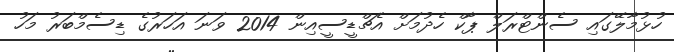
ހުޅުމާލޭގައި ސެންޓްރަލް ޕާކް ހެދުމަށް އެޗްޑީސީއިން 2014 ވަނަ އަހަރުގެ ޑިސެމްބަރު މަހު